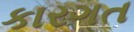
કારગત